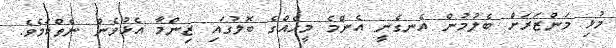
މުޅި މަންޒަރަށް ބެލުމުން އެނގެނީ އެންމެ މީހެއްގެ ބޮލުގައި ޒިންމާ އެޅުވެން ނެތްކަމެވެ.